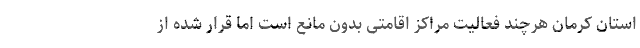
استان کرمان هرچند فعالیت مراکز اقامتی بدون مانع است اما قرار شده از